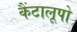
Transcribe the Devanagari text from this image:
कैंटालूपो